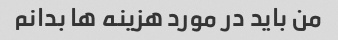
من باید در مورد هزینه ها بدانم